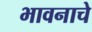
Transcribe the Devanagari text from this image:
भावनाचे